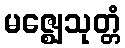
မဇ္ဈေသုတ္တံ